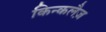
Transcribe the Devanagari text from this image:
किन्कलैज़